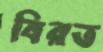
বিরত